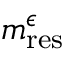
m _ { \mathrm { r e s } } ^ { \epsilon }